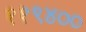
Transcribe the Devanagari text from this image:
११९४००